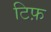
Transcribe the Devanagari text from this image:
टिफ़